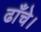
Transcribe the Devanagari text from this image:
ढाँचे।